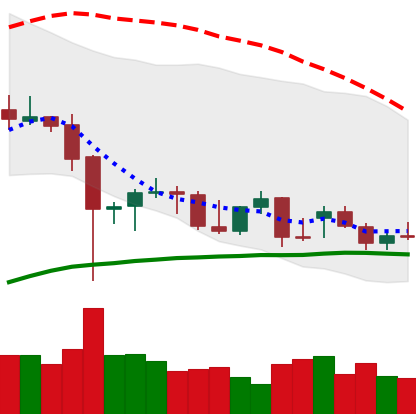
Ticker: BTC-USD
Chart end date: 2021-12-19
Forward return: 8.811%
Label: up_7plus